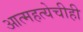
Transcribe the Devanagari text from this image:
आत्महत्येचीही